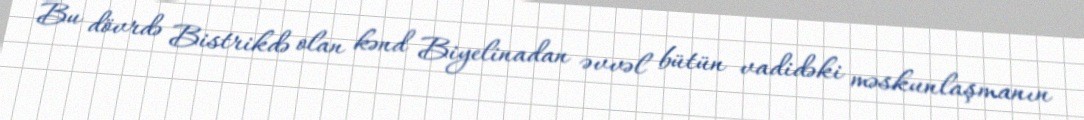
Bu dövrdə Bistrikdə olan kənd Biyelinadan əvvəl bütün vadidəki məskunlaşmanın